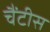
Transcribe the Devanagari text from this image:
चैंटीस